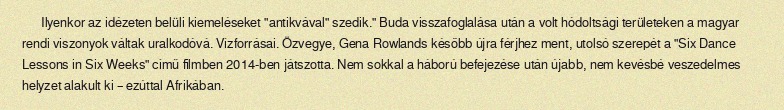
Ilyenkor az idézeten belüli kiemeléseket "antikvával" szedik." Buda visszafoglalása után a volt hódoltsági területeken a magyar rendi viszonyok váltak uralkodóvá. Vízforrásai. Özvegye, Gena Rowlands később újra férjhez ment, utolsó szerepét a "Six Dance Lessons in Six Weeks" című filmben 2014-ben játszotta. Nem sokkal a háború befejezése után újabb, nem kevésbé veszedelmes helyzet alakult ki – ezúttal Afrikában.